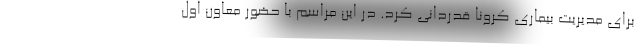
برای مدیریت بیماری کرونا قدردانی کرد. در این مراسم با حضور معاون اول